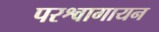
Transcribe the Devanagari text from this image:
परश्वागायन